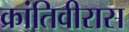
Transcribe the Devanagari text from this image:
क्रांतिवीरास